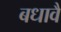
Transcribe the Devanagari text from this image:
बधावै